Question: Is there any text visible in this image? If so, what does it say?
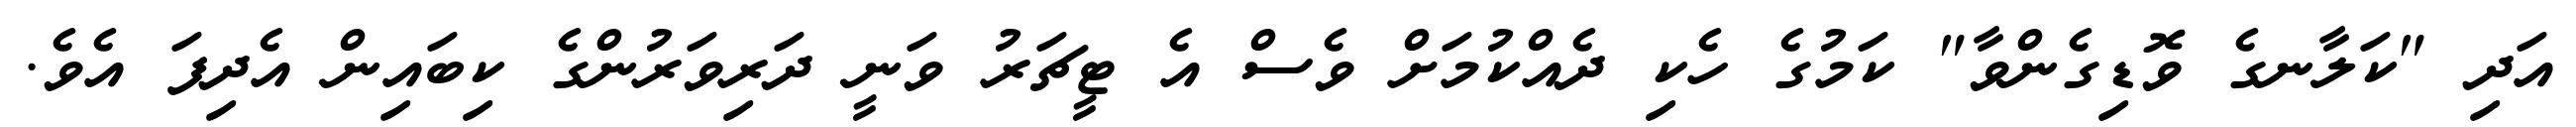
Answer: އަދި "ކަލާނގެ ވޮޑިގެންވާ" ކަމުގެ ހެކި ދެއްކުމަށް ވެސް އެ ޓީޗަރު ވަނީ ދަރިވަރުންގެ ކިބައިން އެދިފަ އެވެ.